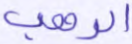
الرهب